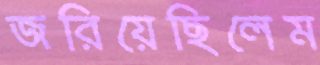
জরিয়েছিলেম